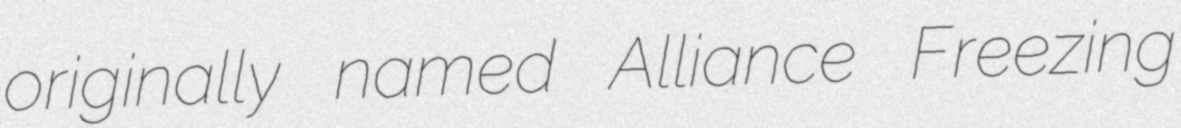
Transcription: originally named Alliance Freezing